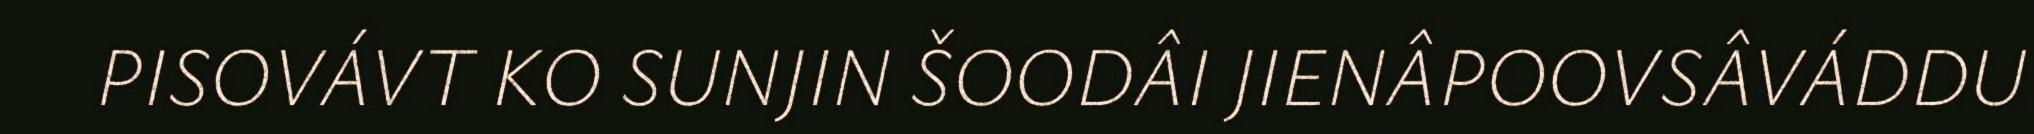
PISOVÁVT KO SUNJIN ŠOODÂI JIENÂPOOVSÂVÁDDU